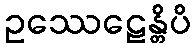
ဥဿေဠေန္တိပိ